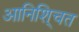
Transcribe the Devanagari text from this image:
आनिशि्चत